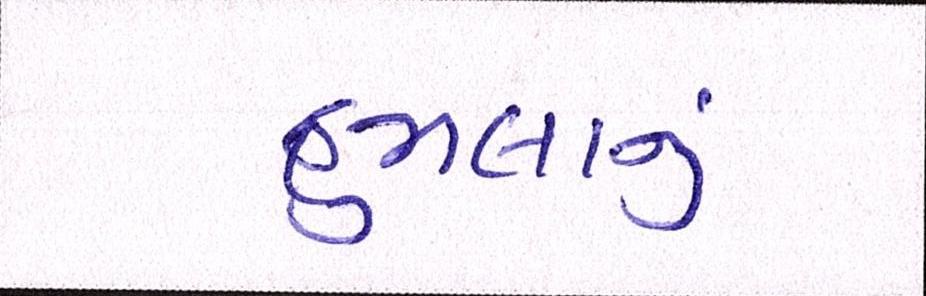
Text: હુમલાનું